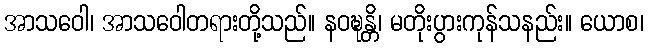
အာသဝေါ၊ အာသဝေါတရားတို့သည်။ နဝဍ္ဎန္တိ၊ မတိုးပွားကုန်သနည်း။ ယောစ၊